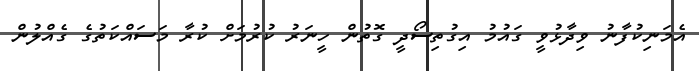
އެމަނިކުފާނު ވިދާޅުވީ ގައުމު އިގުތިސޯދީ ގޮތުން ހީނަރު ކުުރުމަށް ކުރާ މަސައްކަތުގެ ގެއްލުން